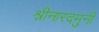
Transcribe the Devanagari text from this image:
श्नीनारदमुनी